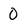
Character: 0